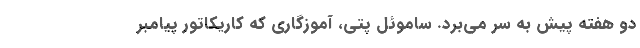
دو هفته پیش به سر می‌برد. ساموئل پتی، آموزگاری که کاریکاتور پیامبر